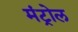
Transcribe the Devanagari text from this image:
मंट्रोल